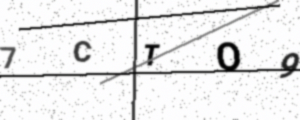
Text: 7CTO9